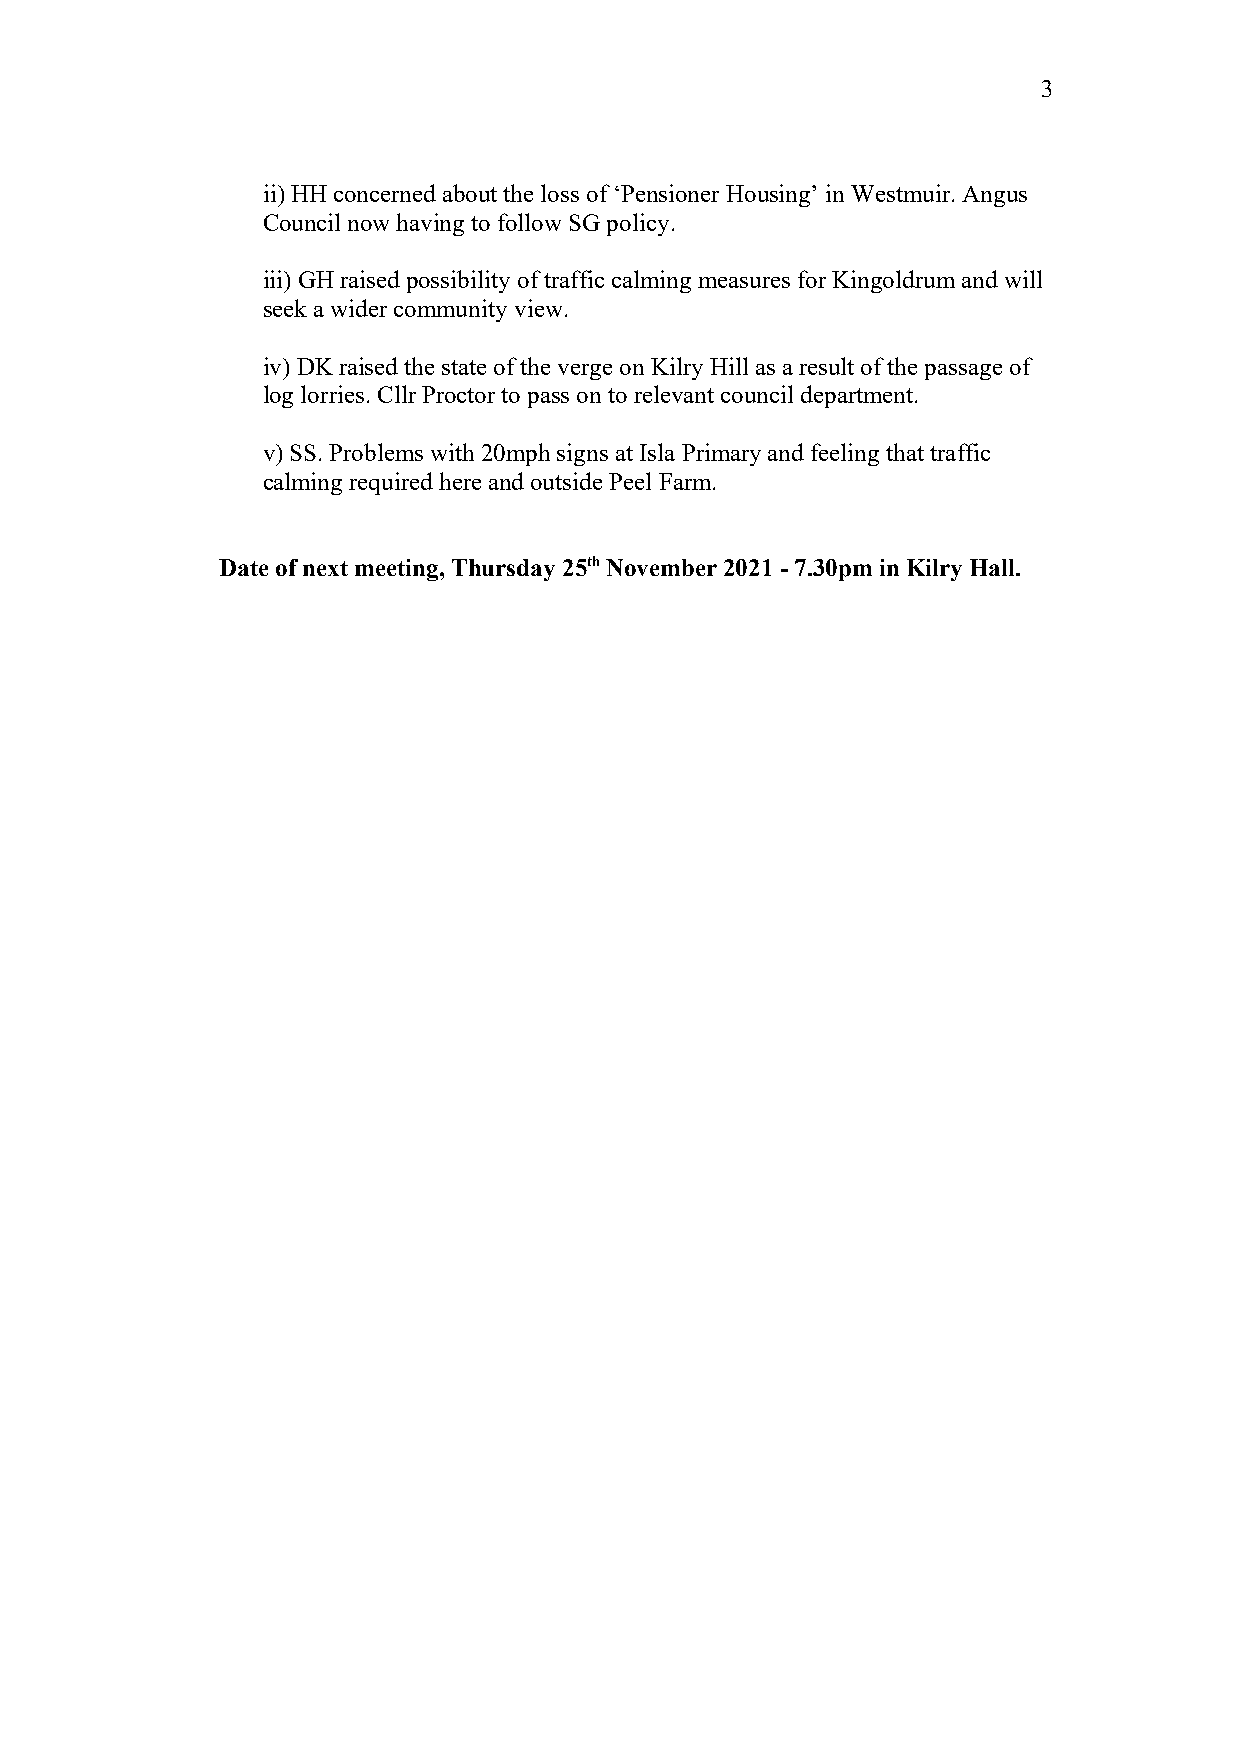
3
 ii) HH concerned about the loss of ‘Pensioner Housing’ in Westmuir. Angus
 Council now having to follow SG policy.
 iii) GH raised possibility of traffic calming measures for Kingoldrum and will
 seek a wider community view.
 iv) DK raised the state of the verge on Kilry Hill as a result of the passage of
 log lorries. Cllr Proctor to pass on to relevant council department.
 v) SS. Problems with 20mph signs at Isla Primary and feeling that traffic
 calming required here and outside Peel Farm.
 Date of next meeting, Thursday 25th November 2021 - 7.30pm in Kilry Hall.